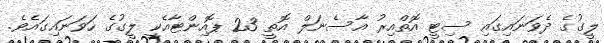
ލީގުގެ ދެވަނައިގައި ސިޓީ އޮތްއިރު އާސެނަލް އޮތީ 23 ޕޮއިންޓާއެކީ ލީގުގެ ހަވަނައިގައެވެ.